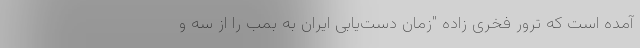
آمده است که ترور فخری زاده "زمان دست‌یابی ایران به بمب را از سه و